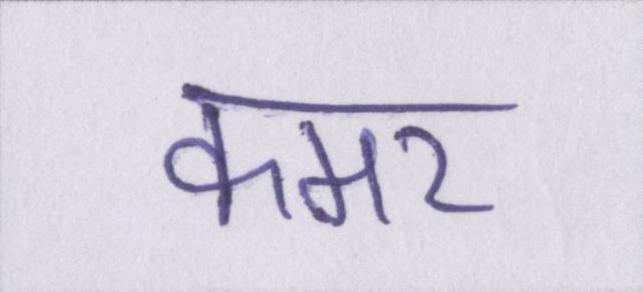
कमर